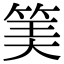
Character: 𥮅